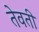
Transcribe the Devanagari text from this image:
तेवती